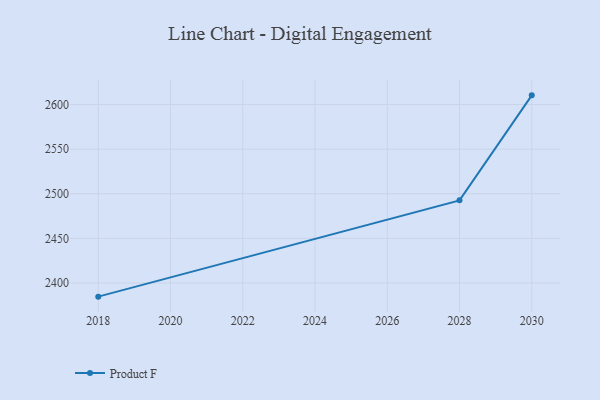
{"axis": {"x": "Year", "y": "LTV (USD)"}, "legend": ["Product F"], "data": [{"x": "2018", "y": 2384.7, "type": "Product F"}, {"x": "2028", "y": 2492.6, "type": "Product F"}, {"x": "2030", "y": 2610.3, "type": "Product F"}]}